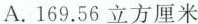
A.169.56立方厘米